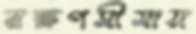
রক্ষণসীমায়